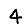
Digit: 4